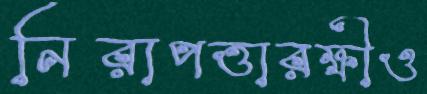
নিরাপত্তারক্ষীও